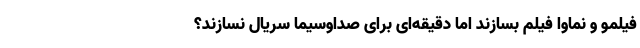
فیلمو و نماوا فیلم بسازند اما دقیقه‌ای برای صداوسیما سریال نسازند؟